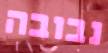
נבובה